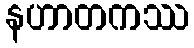
နဟာတကဿ